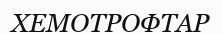
ХЕМОТРОФТАР